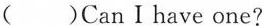
( )CanⅠhave one?